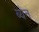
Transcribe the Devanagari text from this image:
ब्येन